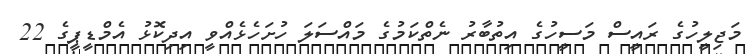
މަޖިލީހުގެ ރައީސް މަސީހުގެ އިތުބާރު ނެތްކަމުގެ މައްސަލަ ހުށަހެޅެއްވީ އިދިކޮޅު އެމްޑީޕީގެ 22